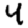
Digit: 4